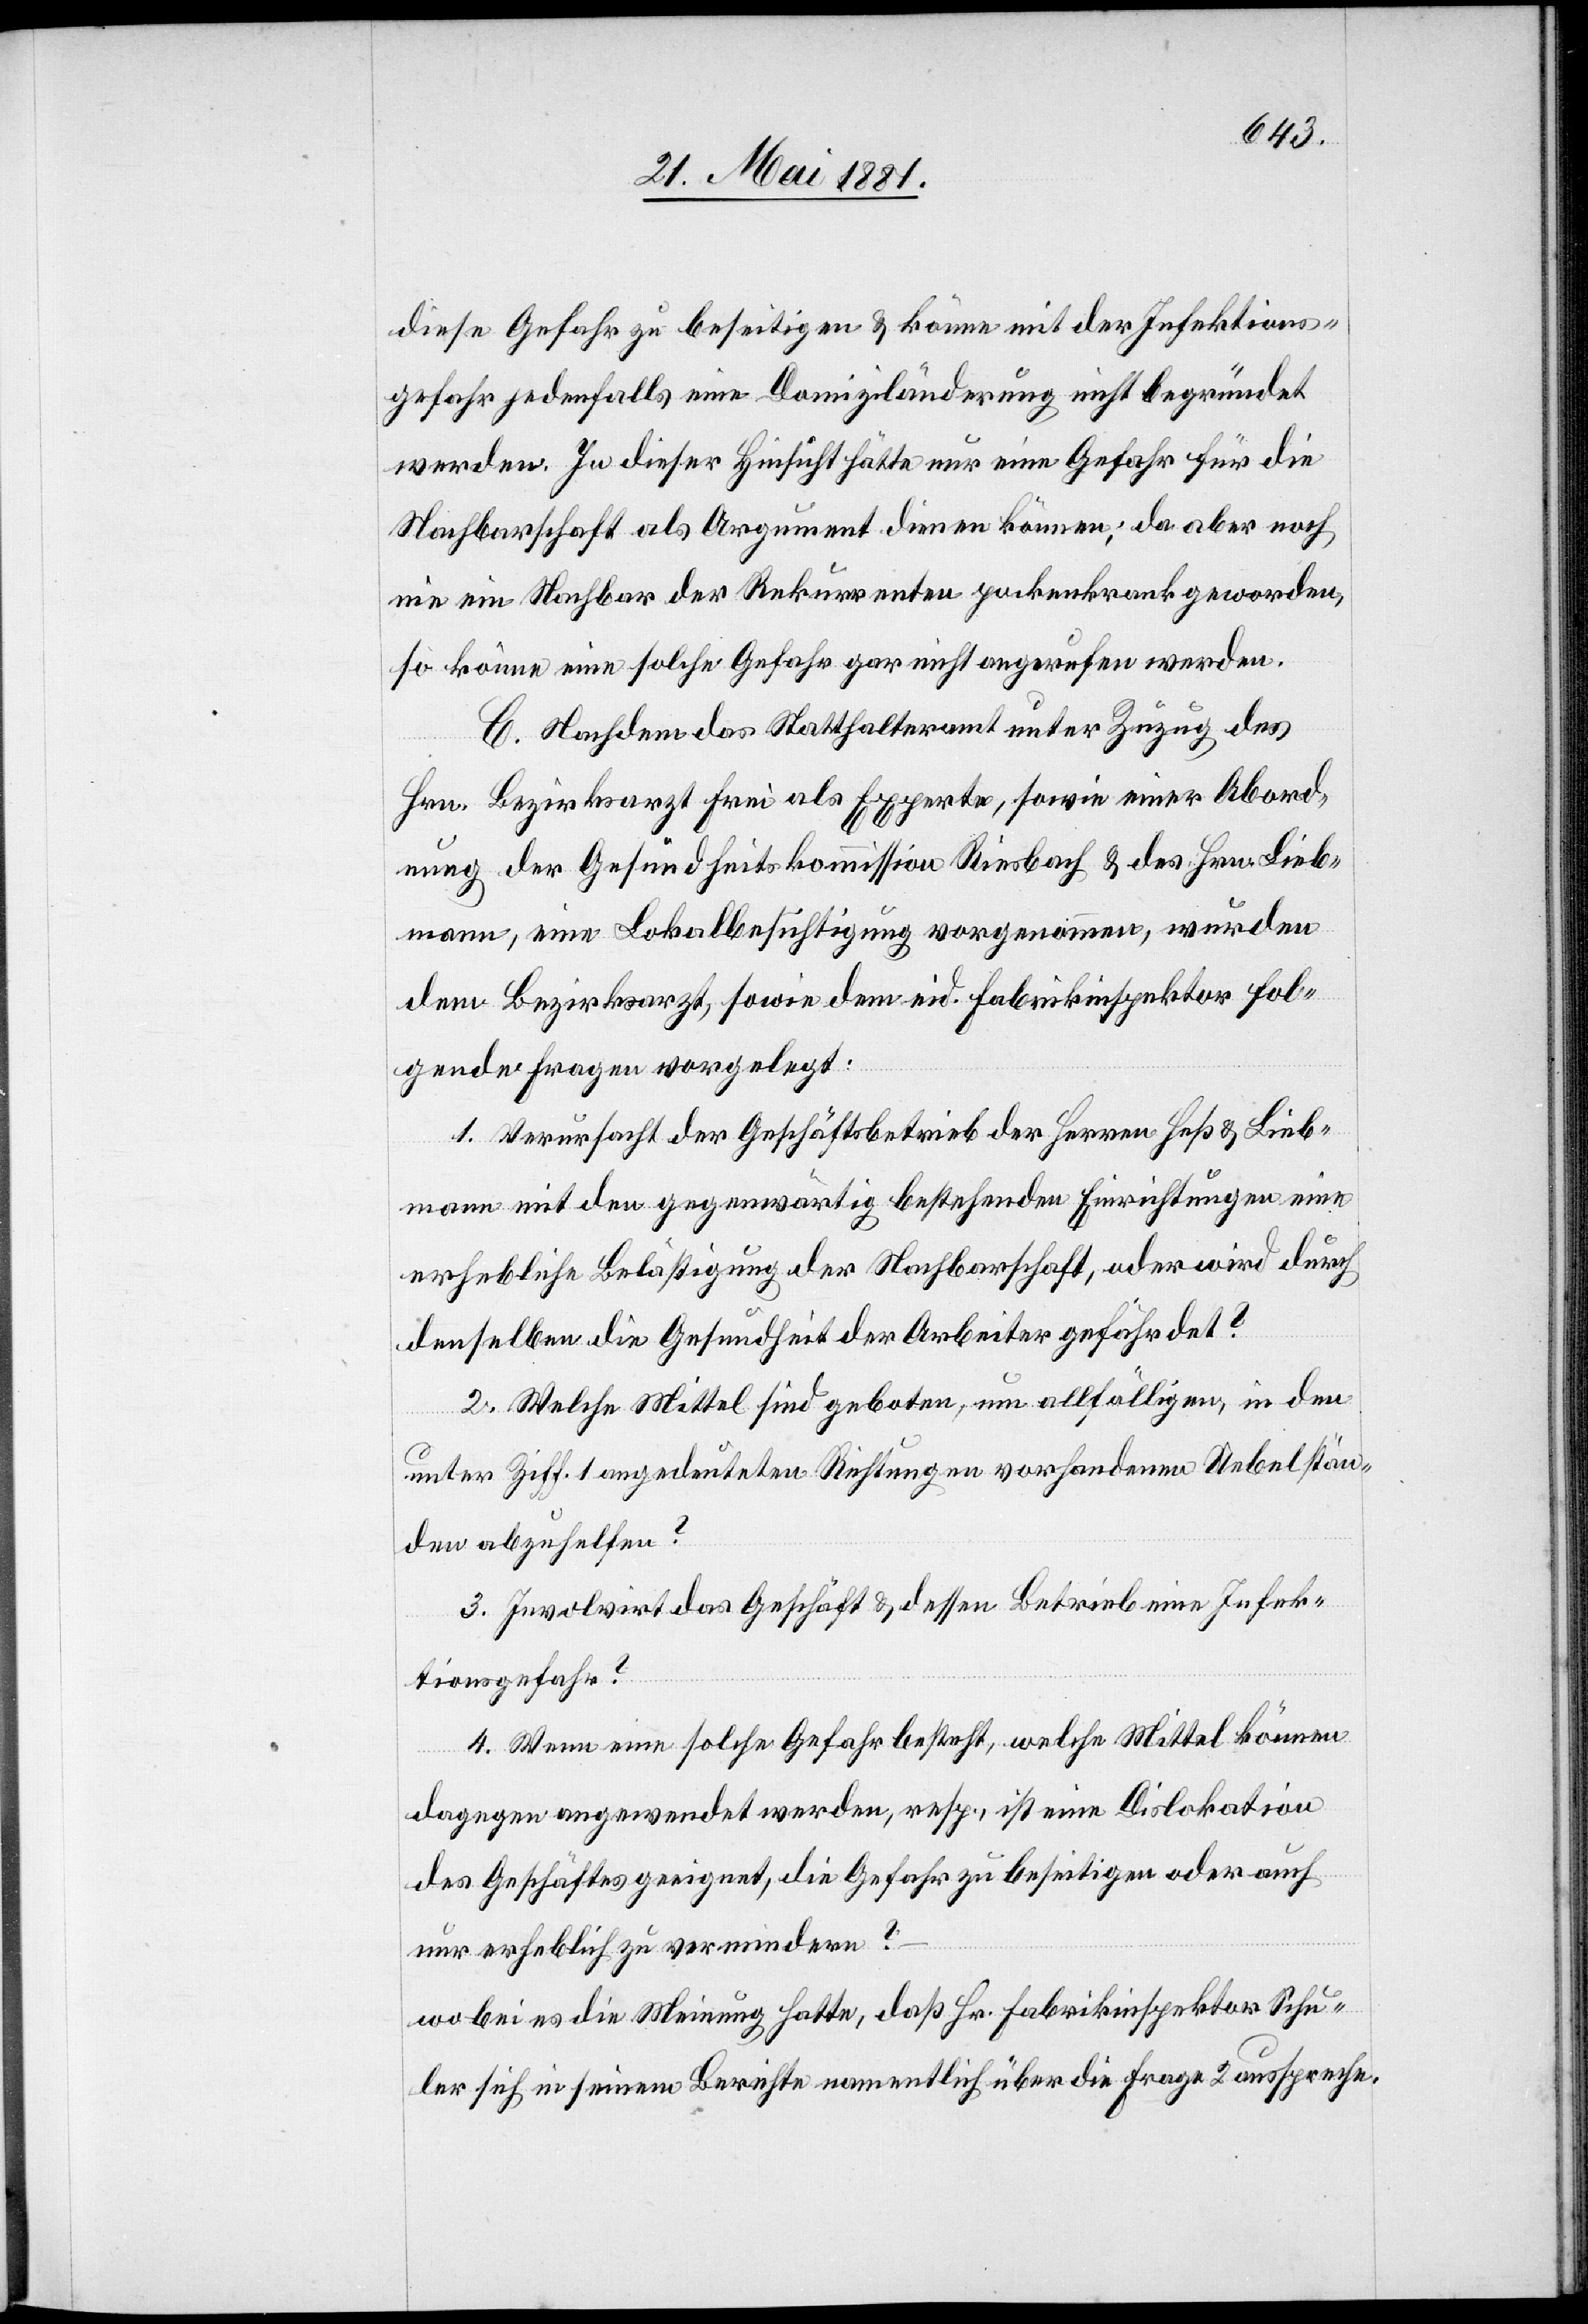
diese Gefahr zu beseitigen & könne mit der Infektions¬
gefahr jedenfalls eine Domiziländerung nicht begründet
werden. In dieser Hinsicht hätte nur eine Gefahr für die
Nachbarschaft als Argument dienen können; da aber noch
nie ein Nachbar der Rekurrenten pockenkrank geworden,
so könne eine solche Gefahr gar nicht angerufen werden.
C. Nachdem das Statthalteramt unter Zuzug des
Hrn. Bezirksarzt Frei als Experte, sowie einer Abord¬
nung der Gesundheitskommission Riesbach & des Hrn. Lieb¬
mann, eine Lokalbesichtigung vorgenommen, wurden
dem Bezirksarzt, sowie dem eid. Fabrikinspektor fol¬
gende Fragen vorgelegt:
1. Verursacht der Geschäftsbetrieb der Herren Heß & Lieb¬
mann mit den gegenwärtig bestehenden Einrichtungen eine
erhebliche Belästigung der Nachbarschaft, oder wird durch
denselben die Gesundheit der Arbeiter gefährdet?
2. Welche Mittel sind geboten, um allfälligen, in den
unter Ziff. 1 angedeuteten Richtungen vorhandenen Uebelstän¬
de abzuhelfen?
3.Involvirt das Geschäft & dessen Betrieb eine Infek¬
tionsgefahr?
4. Wenn eine solche Gefahr besteht, welche Mittel können
dagegen angewendet werden, resp., ist eine Dislokation
des Geschäftes geeignet, die Gefahr zu beseitigen oder auch
nur erheblich zu vermeiden?
wobei es die Meinung hatte, daß Hr. Fabrikinspektor Schu¬
ler sich in seinem Berichte namentlich über die Frage 2 ausspreche.